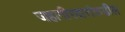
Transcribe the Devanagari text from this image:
जहागीरदारांकडील